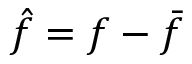
\hat { f } = f - \bar { f }